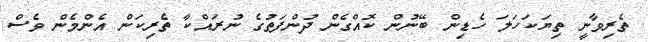
ތެރިވާނީ ތިޔަކަހަލަ ހެޑިން ބޭނުން ކޮއްގެން ދުންފަތުގެ ނުރައްކާ ތެރިކަން އެންމެން ވެސް